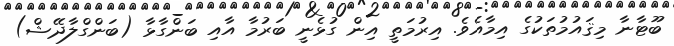
ބޫޓާނާ މިޤައުމުތަކުގެ އިމާއެވެ. އިރުމަތީ އިން ގުޅެނީ ބަރުމާ އާއި ބަންގާޅާ (ބަންގްލާދޭޝް)